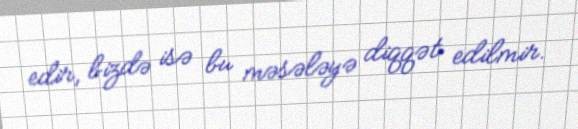
edir, bizdə isə bu məsələyə diqqət edilmir.